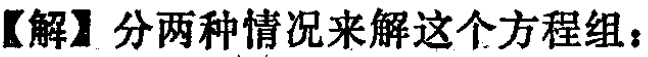
【解】分两种情况来解这个方程组：